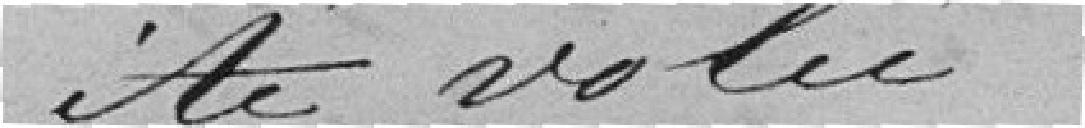
a été volée.